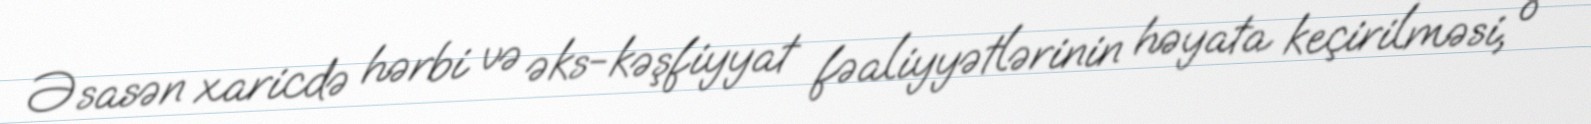
Əsasən xaricdə hərbi və əks-kəşfiyyat fəaliyyətlərinin həyata keçirilməsi, o